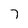
Character: 7